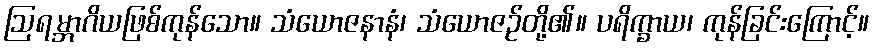
ဩရမ္ဘာဂိယဖြစ်ကုန်သော။ သံယောဇနာနံ၊ သံယောဇဉ်တို့၏။ ပရိက္ခာယ၊ ကုန်ခြင်းကြောင့်။